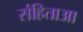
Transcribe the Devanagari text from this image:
संहिताआ